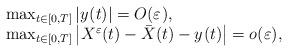
LaTeX: \begin{align*}\begin{array}[l]{l}\max_{t\in \lbrack0,T]}\left \vert y^{}(t)\right \vert=O(\varepsilon^{}),\\\max_{t\in \lbrack0,T]}\left \vert X^{\varepsilon}(t)-\bar{X}(t)-y^{}(t)\right \vert =o(\varepsilon), \\ \end{array} \end{align*}